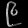
Digit: ၉